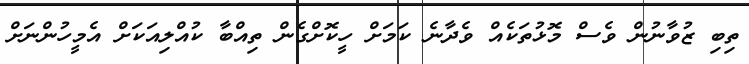
ތިބި ޒުވާނުން ވެސް މޮޅުތަކެއް ވެދާނެ ކަމަށް ހީކޮށްގެން ތިއްބާ ކުއްލިއަކަށް އެމީހުންނަށް